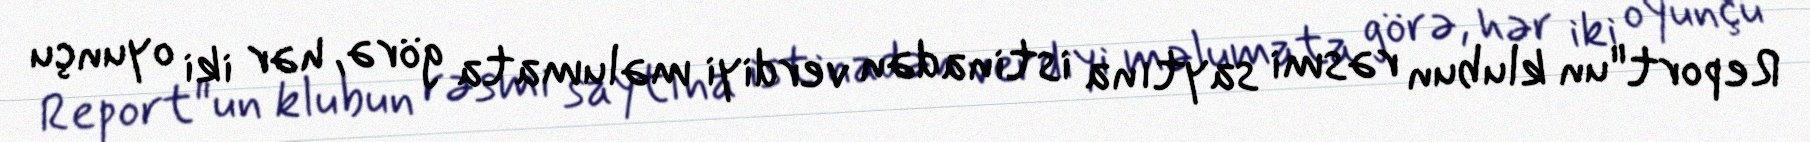
Report"un klubun rəsmi saytına istinadən verdiyi məlumata görə, hər iki oyunçu